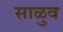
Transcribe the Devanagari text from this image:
साळुव